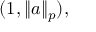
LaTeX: ( 1 , \| a \| _ { p } ) ,